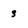
Character: 3